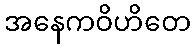
အနေကဝိဟိတေ